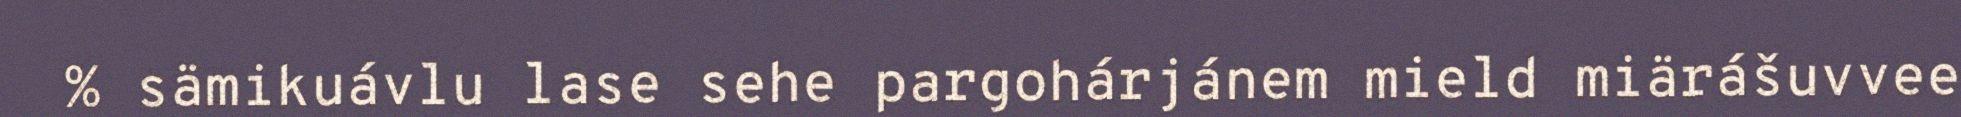
% sämikuávlu lase sehe pargohárjánem mield miärášuvvee